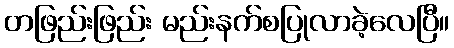
တဖြည်းဖြည်း မည်းနက်စပြုလာခဲ့လေပြီ။